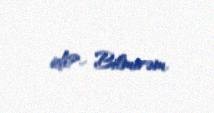
idi?- Bilmirəm.